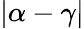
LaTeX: \vert\alpha-\gamma\vert